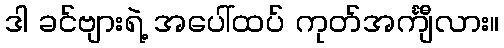
ဒါ ခင်ဗျားရဲ့ အပေါ်ထပ် ကုတ်အင်္ကျီလား။